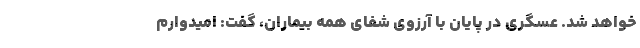
خواهد شد. عسگری در پایان با آرزوی شفای همه بیماران، گفت: امیدوارم